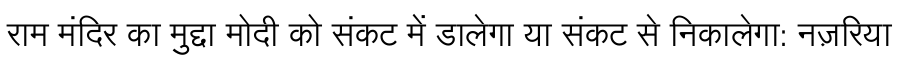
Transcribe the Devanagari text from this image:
राम मंदिर का मुद्दा मोदी को संकट में डालेगा या संकट से निकालेगा: नज़रिया